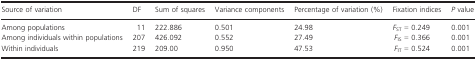
<table><thead><tr><td><b>Source of variation</b></td><td><b>DF</b></td><td><b>Sum of squares</b></td><td><b>Variance components</b></td><td><b>Percentage of variation (%)</b></td><td><b>Fixation indices</b></td><td><b><i>P</i> value</b></td></tr></thead><tbody><tr><td>Among populations</td><td>11</td><td>222.886</td><td>0.501</td><td>24.98</td><td><i>F</i><sub>ST</sub> = 0.249</td><td>0.001</td></tr><tr><td>Among individuals within populations</td><td>207</td><td>426.092</td><td>0.552</td><td>27.49</td><td><i>F</i><sub>IS</sub> = 0.366</td><td>0.001</td></tr><tr><td>Within individuals</td><td>219</td><td>209.00</td><td>0.950</td><td>47.53</td><td><i>F</i><sub>IT</sub> = 0.524</td><td>0.001</td></tr></tbody></table>